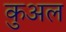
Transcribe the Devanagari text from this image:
कुअल